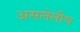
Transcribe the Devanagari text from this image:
असलेलीच